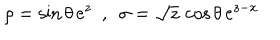
\rho = { \sin \theta } \, \mathrm { e } ^ { z } ~ ~ , ~ ~ \sigma = { \sqrt { z } } \, \cos \theta \, \mathrm { e } ^ { z - x }